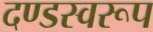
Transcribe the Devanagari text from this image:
दण्डस्वरूप